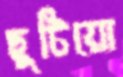
ছুটিয়ো